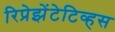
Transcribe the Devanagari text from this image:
रिप्रेझेंटेटिव्हस